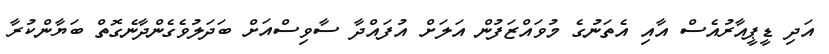
އަދި ޑީޕީއާރުއެސް އާއި އެތަނުގެ މުވައްޒަފުން އަލަށް އުފައްދާ ސާވިސްއަށް ބަދަލުވެގެންދާނެގޮތް ބަޔާންކުރާ